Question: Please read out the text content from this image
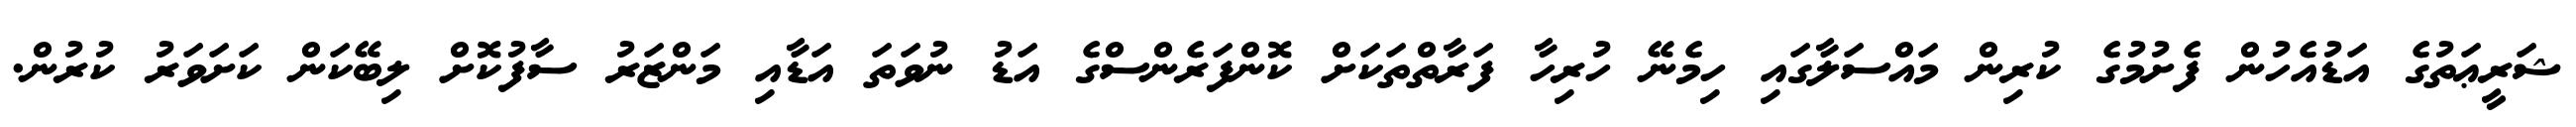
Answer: ޝަރީޢަތުގެ އަޑުއެހުން ފެށުމުގެ ކުރިން މައްސަލާގައި ހިމެނޭ ހުރިހާ ފަރާތްތަކަށް ކޮންފަރެންސްގެ އަޑު ނުވަތަ އަޑާއި މަންޒަރު ސާފުކޮށް ލިބޭކަން ކަށަވަރު ކުރުން.